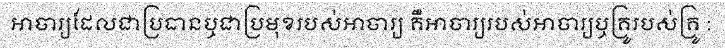
អាចារ្យដែលជាប្រធានឬជាប្រមុខរបស់អាចារ្យ គឺអាចារ្យរបស់អាចារ្យឬគ្រូរបស់គ្រូ :